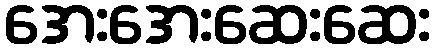
အေးအေးဆေးဆေး